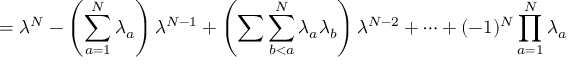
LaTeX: = \lambda ^ { N } - \left( \sum _ { a = 1 } ^ { N } \lambda _ { a } \right) \lambda ^ { N - 1 } + \left( \sum \sum _ { b < a } ^ { N } \lambda _ { a } \lambda _ { b } \right) \lambda ^ { N - 2 } + \dots + ( - 1 ) ^ { N } \prod _ { a = 1 } ^ { N } \lambda _ { a }